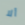
ألا